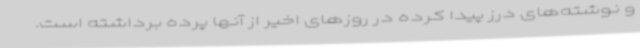
و نوشته‌های درز پیدا کرده در روزهای اخیر از آنها پرده برداشته است.